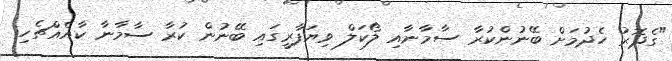
"ގެދޮރު ހެދުމަށް ބޭނުންކުރާ ސާމާނާއި ލޯކަލް ވިޔަފާރީގައި ބޭނުން ކުރާ ސާމާނާ ކާއެއްޗެހި